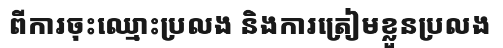
ពីការចុះឈ្មោះប្រលង និងការត្រៀមខ្លួនប្រលង